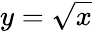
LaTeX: y=\sqrt{x}